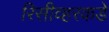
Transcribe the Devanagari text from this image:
रिसीव्हरकडे